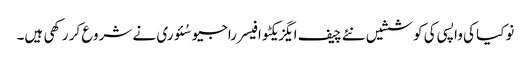
نوکیا کی واپسی کی کوششیں نئے چیف ایگزیکٹو افیسر راجیو سُئوری نے شروع کر رکھی ہیں۔